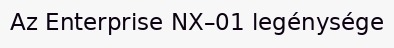
Az Enterprise NX–01 legénysége